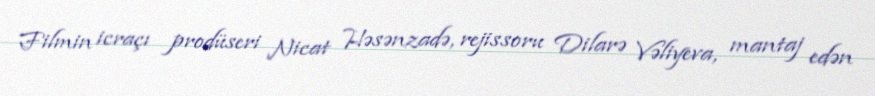
Filmin icraçı prodüseri Nicat Həsənzadə, rejissoru Dilarə Vəliyeva, mantaj edən